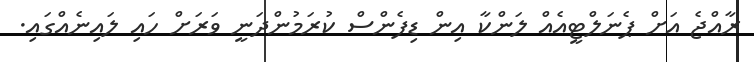
ރާއްޖެ އަށް ޕެނަލްޓީއެއް ލަންކާ އިން ޑިފެންސް ކުރަމުންދަނީ ވަރަށް ހައި ލައިނެއްގައި.